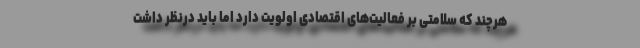
هرچند که سلامتی بر فعالیت‌های اقتصادی اولویت دارد اما باید درنظر داشت